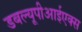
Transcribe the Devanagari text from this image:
डबल्यूपीआईएक्स